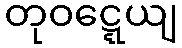
တုဝဋ္ဋေယျ